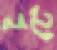
হটে